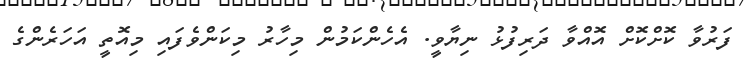
ފަރުވާ ކޮށްކޮށް އޮއްވާ ދަރިފުޅު ނިޔާވީ. އެހެންކަމުން މިހާރު މިކަންވެފައި މިއޮތީ އަހަރެންގެ